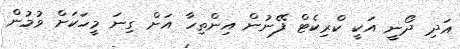
އަދި ދޯނީ އަކީ ކްރިކެޓް ފޭނުން އިންތިހާ އަށް ގިނަ މީހަކަށް ވުމުން